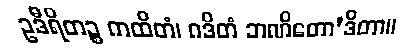
ဥဒီရိတဉ္စ ကထိတံ၊ ဂဒိတံ ဘဏိတော’ဒိတာ။